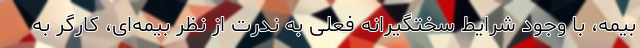
بیمه، با وجود شرایط سختگیرانه فعلی به ندرت از نظر بیمه‌ای، کارگر به